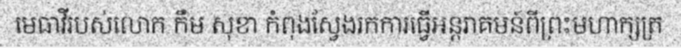
មេធាវីរបស់លោក កឹម សុខា កំពុងស្វែងរកការធ្វើអន្តរាគមន៍ពីព្រះមហាក្សត្រ